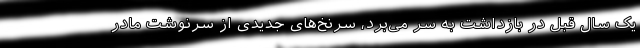
یک سال قبل در بازداشت به سر می‌برد، سرنخ‌های جدیدی از سرنوشت مادر